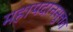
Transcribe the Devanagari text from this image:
महापदानसुत्तंत